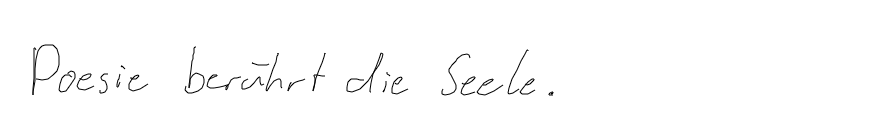
Poesie berührt die Seele.